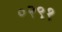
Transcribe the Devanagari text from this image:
०२९१